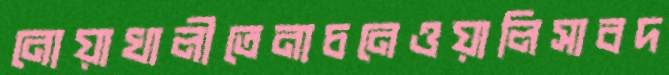
নোয়াখালীতেনাচনেওয়ালিসাবদ